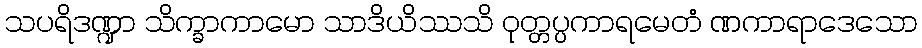
သပရိဒဏ္ဍာ သိက္ခာကာမော သာဒိယိဿသိ ဝုတ္တပ္ပကာရမေတံ ဏကာရာဒေသော